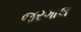
જરગાલ